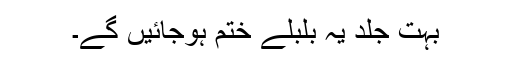
بہت جلد یہ بلبلے ختم ہوجائیں گے۔